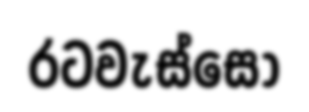
රටවැස්සෝ